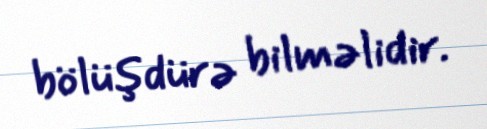
bölüşdürə bilməlidir.